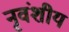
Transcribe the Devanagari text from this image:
नृवंशीय